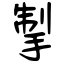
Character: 掣